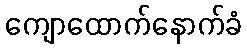
ကျောထောက်နောက်ခံ